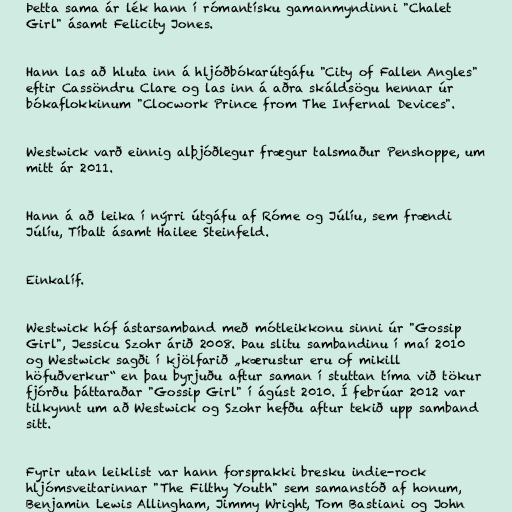
Þetta sama ár lék hann í rómantísku gamanmyndinni "Chalet
Girl" ásamt Felicity Jones.

Hann las að hluta inn á hljóðbókarútgáfu "City of Fallen Angles"
eftir Cassöndru Clare og las inn á aðra skáldsögu hennar úr
bókaflokkinum "Clocwork Prince from The Infernal Devices".

Westwick varð einnig alþjóðlegur frægur talsmaður Penshoppe, um
mitt ár 2011.

Hann á að leika í nýrri útgáfu af Róme og Júlíu, sem frændi
Júlíu, Tíbalt ásamt Hailee Steinfeld.

Einkalíf.

Westwick hóf ástarsamband með mótleikkonu sinni úr "Gossip
Girl", Jessicu Szohr árið 2008. Þau slitu sambandinu í maí 2010
og Westwick sagði í kjölfarið „kærustur eru of mikill
höfuðverkur“ en þau byrjuðu aftur saman í stuttan tíma við tökur
fjórðu þáttaraðar "Gossip Girl" í ágúst 2010. Í febrúar 2012 var
tilkynnt um að Westwick og Szohr hefðu aftur tekið upp samband
sitt.

Fyrir utan leiklist var hann forsprakki bresku indie-rock
hljómsveitarinnar "The Filthy Youth" sem samanstóð af honum,
Benjamin Lewis Allingham, Jimmy Wright, Tom Bastiani og John